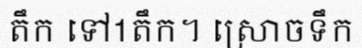
តឹក ទៅ1តឹក។ ស្រោចទឹក